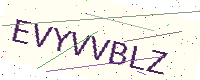
Text: EVYVVBLZ